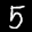
Label: 5